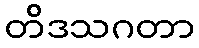
တိဒသဂတာ